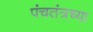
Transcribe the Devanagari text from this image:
पंचतंत्रच्या